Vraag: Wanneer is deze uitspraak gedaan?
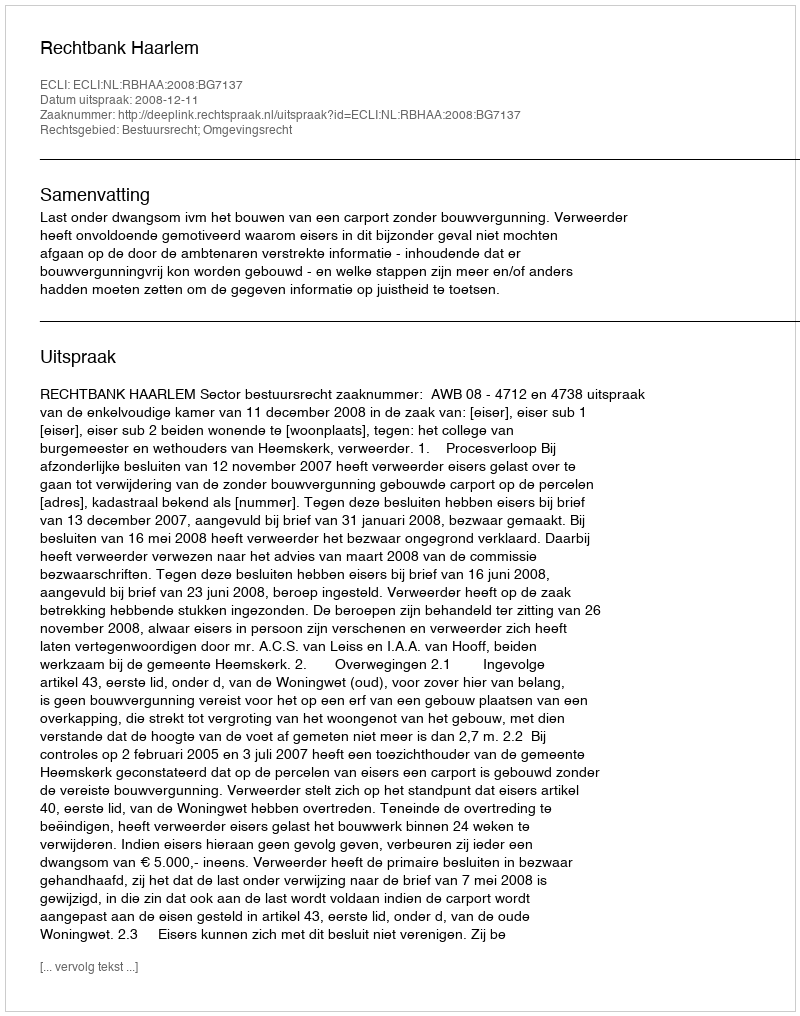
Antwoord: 2008-12-11